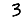
Digit: 3